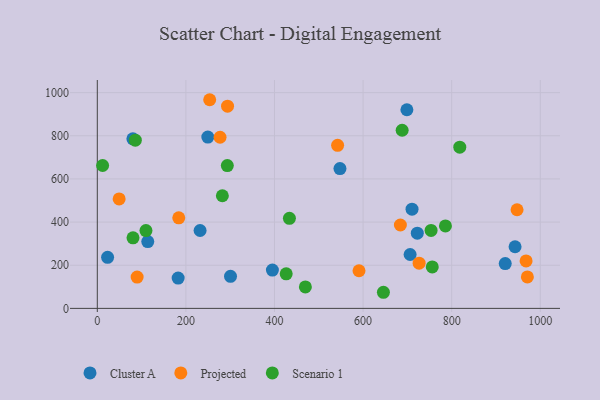
{"axis": {"x": "Speed", "y": "Salary"}, "legend": ["Cluster A", "Projected", "Scenario 1"], "data": [{"x": "920.9", "y": 207.6, "type": "Cluster A"}, {"x": "395.3", "y": 177.6, "type": "Cluster A"}, {"x": "722.4", "y": 348.6, "type": "Cluster A"}, {"x": "706.2", "y": 249.8, "type": "Cluster A"}, {"x": "113.9", "y": 309.7, "type": "Cluster A"}, {"x": "943.1", "y": 285.8, "type": "Cluster A"}, {"x": "300.7", "y": 148.5, "type": "Cluster A"}, {"x": "547.8", "y": 647.9, "type": "Cluster A"}, {"x": "698.9", "y": 920.6, "type": "Cluster A"}, {"x": "232.0", "y": 361.0, "type": "Cluster A"}, {"x": "182.5", "y": 140.5, "type": "Cluster A"}, {"x": "249.5", "y": 793.9, "type": "Cluster A"}, {"x": "80.3", "y": 786.1, "type": "Cluster A"}, {"x": "23.2", "y": 236.5, "type": "Cluster A"}, {"x": "710.5", "y": 459.9, "type": "Cluster A"}, {"x": "253.7", "y": 967.1, "type": "Projected"}, {"x": "590.8", "y": 174.5, "type": "Projected"}, {"x": "49.3", "y": 507.2, "type": "Projected"}, {"x": "294.0", "y": 937.3, "type": "Projected"}, {"x": "183.9", "y": 419.6, "type": "Projected"}, {"x": "277.1", "y": 793.2, "type": "Projected"}, {"x": "684.2", "y": 386.6, "type": "Projected"}, {"x": "970.9", "y": 145.9, "type": "Projected"}, {"x": "947.6", "y": 457.1, "type": "Projected"}, {"x": "726.5", "y": 209.4, "type": "Projected"}, {"x": "89.9", "y": 145.0, "type": "Projected"}, {"x": "542.5", "y": 755.6, "type": "Projected"}, {"x": "968.0", "y": 219.8, "type": "Projected"}, {"x": "109.8", "y": 360.6, "type": "Scenario 1"}, {"x": "80.6", "y": 327.1, "type": "Scenario 1"}, {"x": "688.2", "y": 825.6, "type": "Scenario 1"}, {"x": "426.4", "y": 160.4, "type": "Scenario 1"}, {"x": "85.8", "y": 779.6, "type": "Scenario 1"}, {"x": "753.5", "y": 361.3, "type": "Scenario 1"}, {"x": "282.3", "y": 522.0, "type": "Scenario 1"}, {"x": "293.5", "y": 661.9, "type": "Scenario 1"}, {"x": "433.7", "y": 417.5, "type": "Scenario 1"}, {"x": "756.2", "y": 192.1, "type": "Scenario 1"}, {"x": "818.3", "y": 747.4, "type": "Scenario 1"}, {"x": "785.9", "y": 382.0, "type": "Scenario 1"}, {"x": "12.0", "y": 662.2, "type": "Scenario 1"}, {"x": "469.7", "y": 99.3, "type": "Scenario 1"}, {"x": "645.9", "y": 74.7, "type": "Scenario 1"}]}